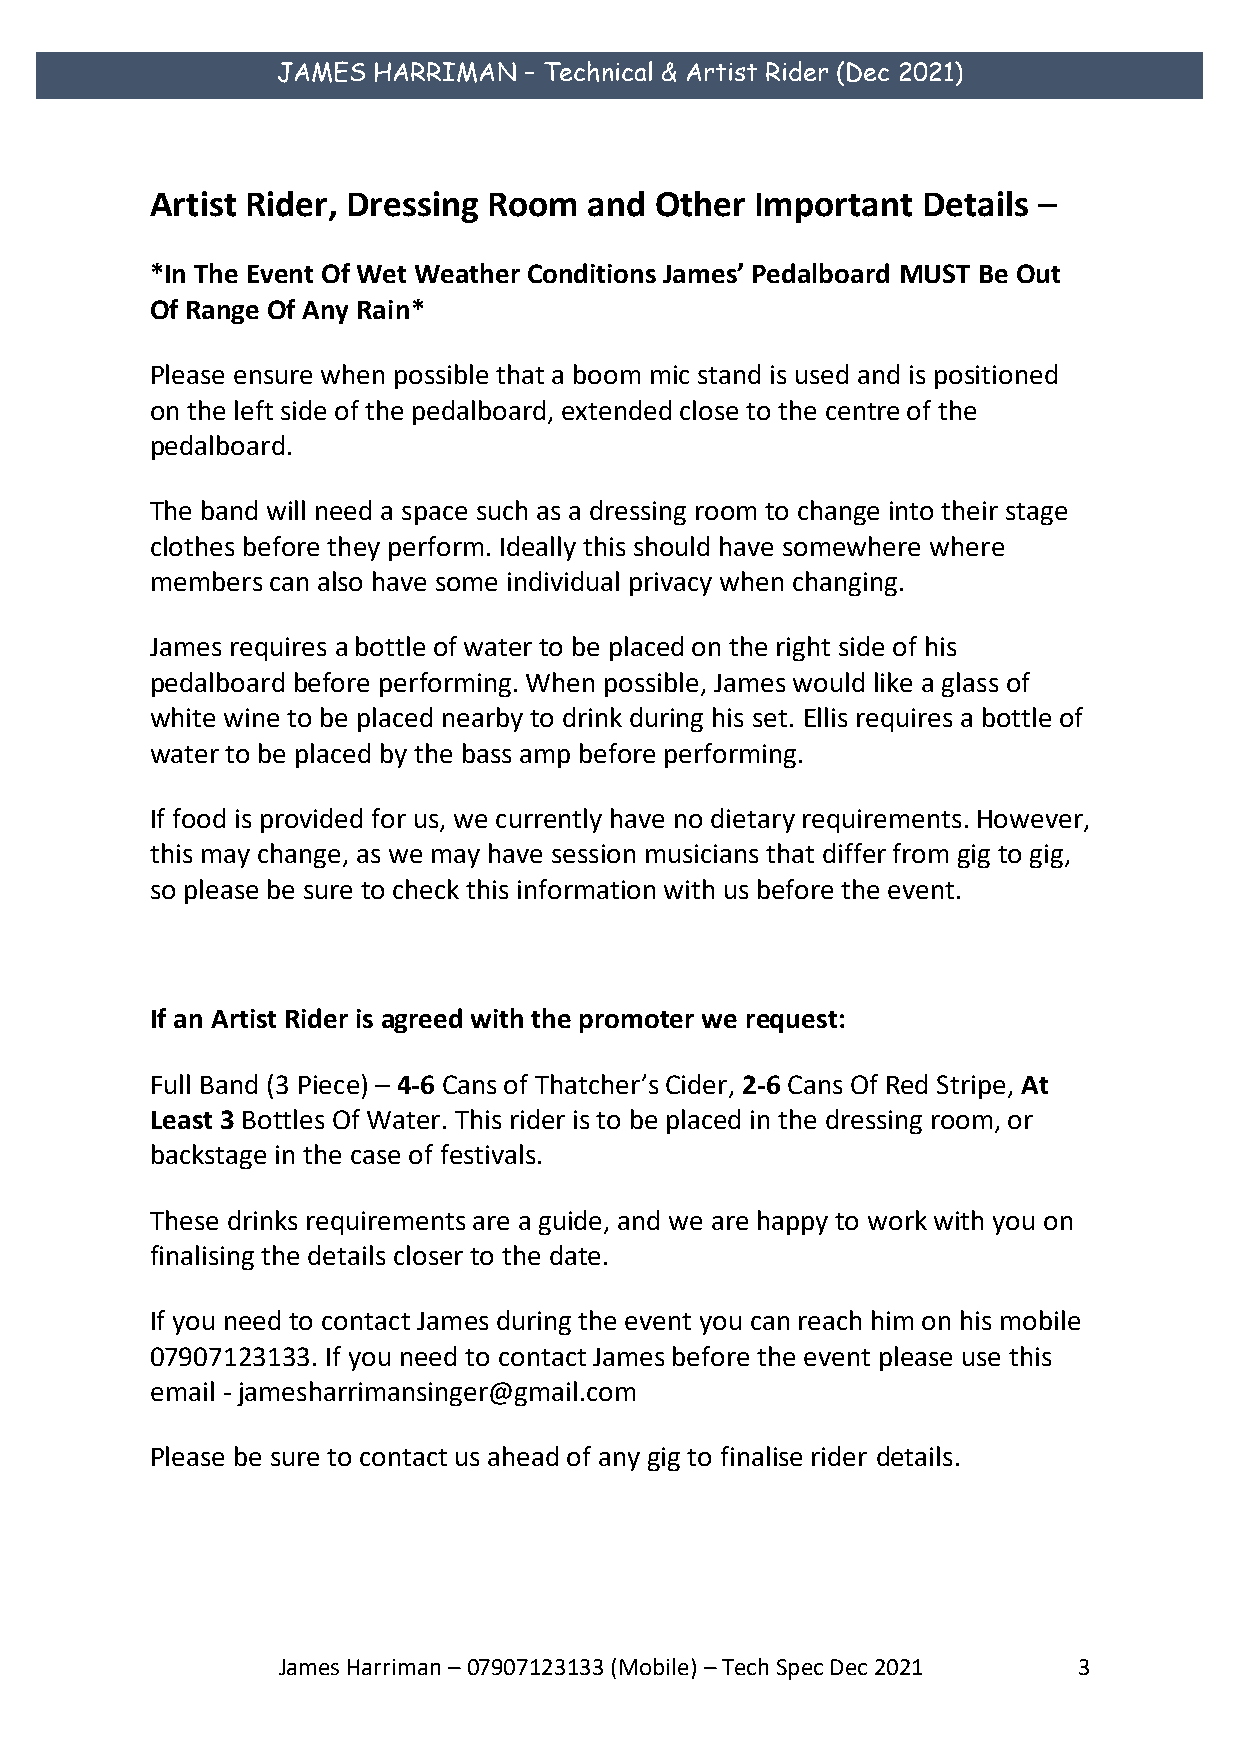
JAMES  HARRIMAN  – Technical & Artist Rider (Dec 2021)
 Artist Rider, Dressing Room  and Other  Important  Details –
 *In The Event Of Wet Weather Conditions James’ Pedalboard MUST Be Out
 Of Range Of Any Rain*
 Please ensure when possible that a boom mic stand is used and is positioned
 on the left side of the pedalboard, extended close to the centre of the
 pedalboard.
 The band will need a space such as a dressing room to change into their stage
 clothes before they perform. Ideally this should have somewhere where
 members can also have some individual privacy when changing.
 James requires a bottle of water to be placed on the right side of his
 pedalboard before performing. When possible, James would like a glass of
 white wine to be placed nearby to drink during his set. Ellis requires a bottle of
 water to be placed by the bass amp before performing.
 If food is provided for us, we currently have no dietary requirements. However,
 this may change, as we may have session musicians that differ from gig to gig,
 so please be sure to check this information with us before the event.
 If an Artist Rider is agreed with the promoter we request:
 Full Band (3 Piece) – 4-6 Cans of Thatcher’s Cider, 2-6 Cans Of Red Stripe, At
 Least 3 Bottles Of Water. This rider is to be placed in the dressing room, or
 backstage in the case of festivals.
 These drinks requirements are a guide, and we are happy to work with you on
 finalising the details closer to the date.
 If you need to contact James during the event you can reach him on his mobile
 07907123133. If you need to contact James before the event please use this
 email - jamesharrimansinger@gmail.com
 Please be sure to contact us ahead of any gig to finalise rider details.
 James Harriman – 07907123133 (Mobile) – Tech Spec Dec 2021 3